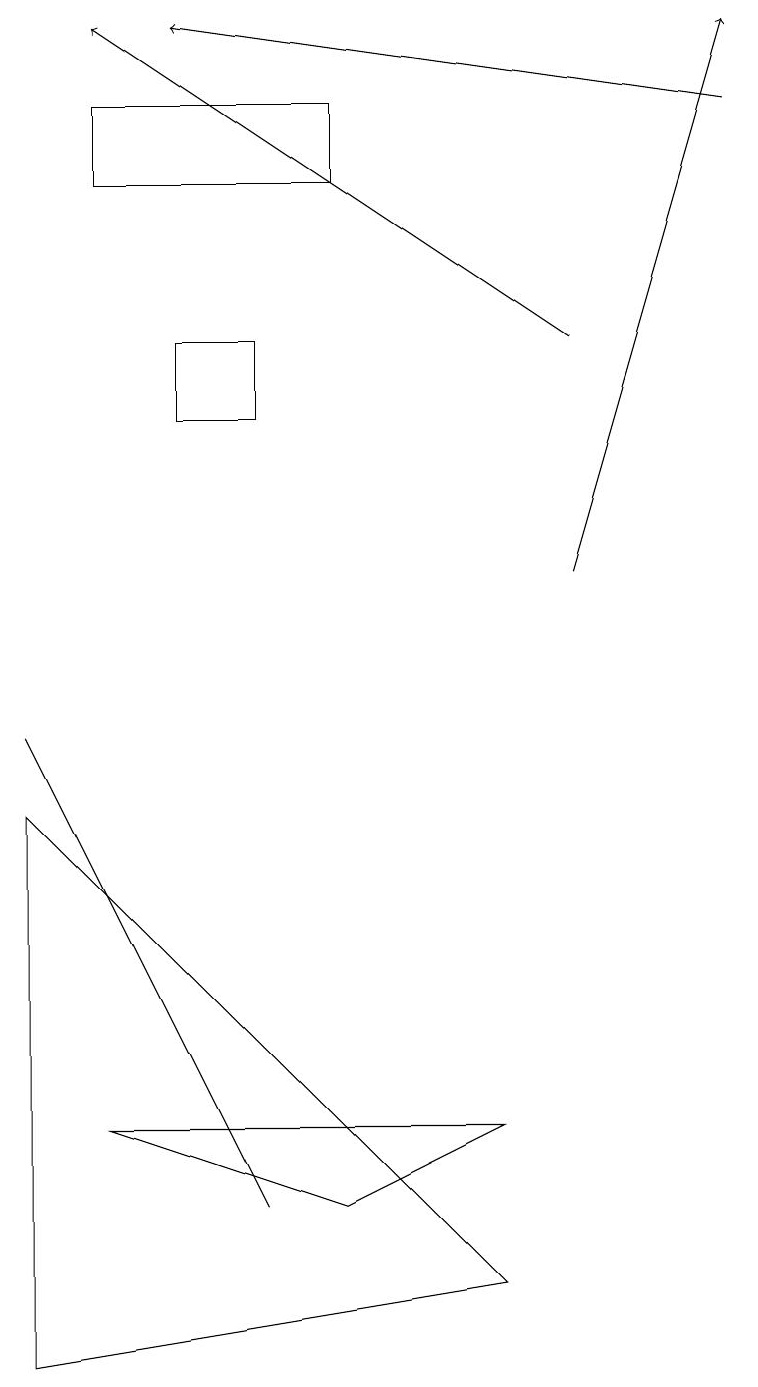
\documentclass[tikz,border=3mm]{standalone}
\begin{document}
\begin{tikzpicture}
\draw[->] (9,16) -- (2,17);
\draw (6,3) -- (4,2) -- (1,3) -- cycle;
\draw (1,16) rectangle (4,15);
\draw (2,12) rectangle (3,13);
\draw (6,1) -- (0,0) -- (0,7) -- cycle;
\draw (3,2) -- (0,8) -- (1,6) -- cycle;
\draw[->] (7,13) -- (1,17);
\draw[->] (7,10) -- (9,17);
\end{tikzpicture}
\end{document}